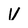
Character: V